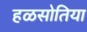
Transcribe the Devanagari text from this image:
हळसोतिया